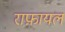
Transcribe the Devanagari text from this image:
राफ़ायल